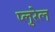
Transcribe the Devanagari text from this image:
प्लुरेल